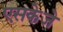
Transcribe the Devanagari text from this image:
एसकेजे